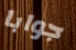
جوابا